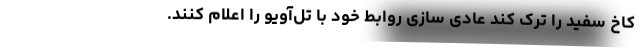
کاخ سفید را ترک کند عادی سازی روابط خود با تل‌آویو را اعلام کنند.